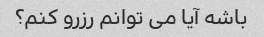
باشه آیا می توانم رزرو کنم؟